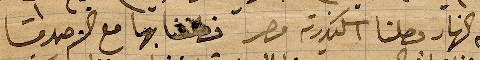
من النهار وصلنا الإسكندرية مصر فطفنا بها مع الأصدقاء